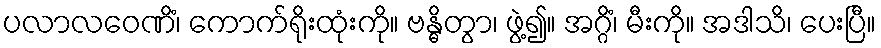
ပလာလဝေဏိံ၊ ကောက်ရိုးထုံးကို။ ဗန္ဓိတွာ၊ ဖွဲ့၍။ အဂ္ဂိံ၊ မီးကို။ အဒါသိ၊ ပေးပြီ။